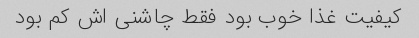
کیفیت غذا خوب بود فقط چاشنى اش کم بود